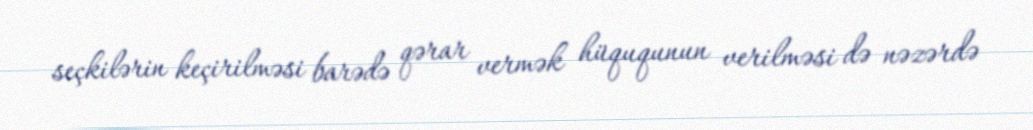
seçkilərin keçirilməsi barədə qərar vermək hüququnun verilməsi də nəzərdə